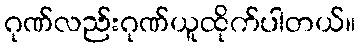
ဂုဏ်လည်းဂုဏ်ယူထိုက်ပါတယ်။